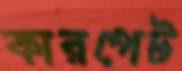
কারপেট